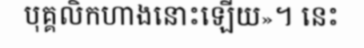
បុគ្គលិកហាងនោះឡើយ»។ នេះ